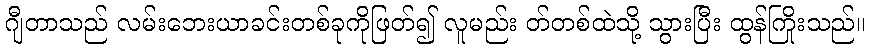
ဂျီတာသည် လမ်းဘေးယာခင်းတစ်ခုကိုဖြတ်၍ လူမည်း တ်တစ်ထဲသို့ သွားပြီး ထွန်ကြိုးသည်။